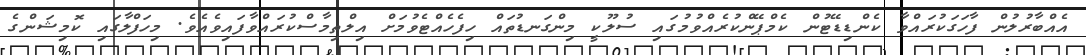
އެއްބާރުލުން ފާހަގަކުރައްވާ ކެންޑިޑޭޓުން ކެމްޕޭންކުރެއްވުމުގައި ސުލޫކީ މިންގަނޑުތައް ހިފެހެއްޓެވުމަށް އިލްތިމާސްކުރައްވާފައިވެއެވެ. މިހަފްލާގައި ކޮމިޝަންގެ